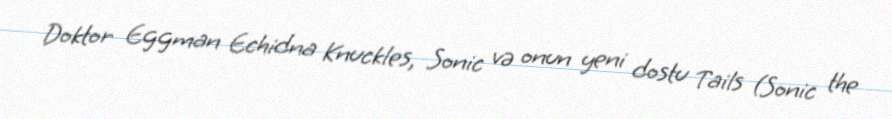
Doktor Eggman Echidna Knuckles, Sonic və onun yeni dostu Tails (Sonic the